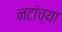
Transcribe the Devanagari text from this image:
नटांच्या